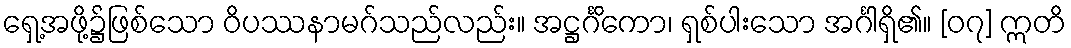
ရှေ့အဖို့၌ဖြစ်သော ဝိပဿနာမဂ်သည်လည်း။ အဋ္ဌင်္ဂိကော၊ ရှစ်ပါးသော အင်္ဂါရှိ၏။ [၀၇] ဣတိ